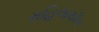
મહિલાથીમ